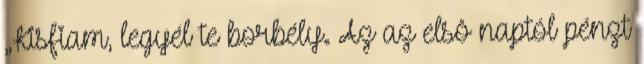
„Kisfiam, legyél te borbély. Az az elsô naptól pénzt